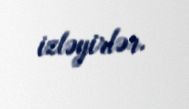
izləyirlər.